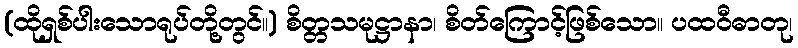
(ထိုရှစ်ပါးသောရုပ်တို့တွင်။) စိတ္တသမုဋ္ဌာနာ၊ စိတ်ကြောင့်ဖြစ်သော။ ပထဝီဓာတု၊